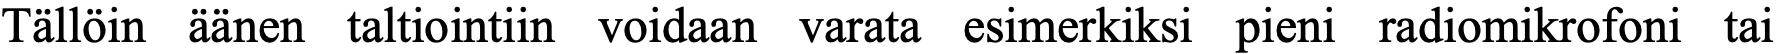
Tällöin äänen taltiointiin voidaan varata esimerkiksi pieni radiomikrofoni tai